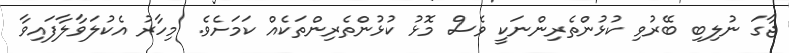
ޖާގަ ނުލިބި ބޭރުވި ކުޅުންތެރިންނަކީ ވެސް މޮޅު ކުޅުންތެރިންތަކެއް ކަމަށެވެ. މިހާރު އެކުލަވާލާފައިވާ